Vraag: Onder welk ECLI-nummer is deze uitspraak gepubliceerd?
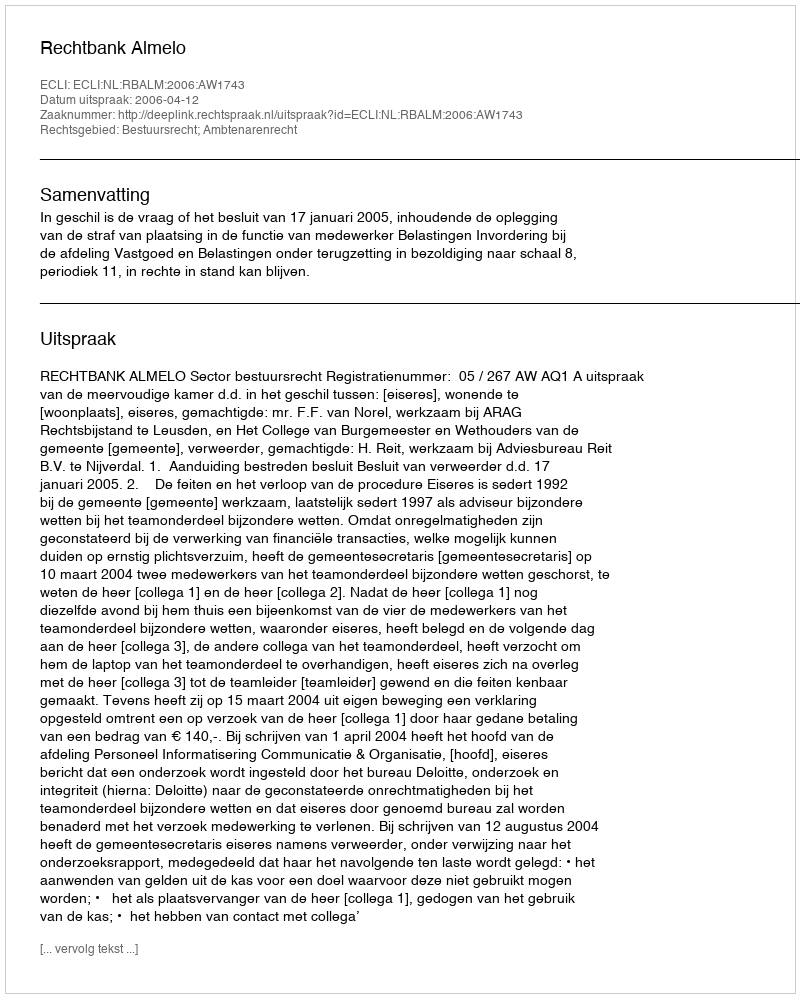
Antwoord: ECLI:NL:RBALM:2006:AW1743